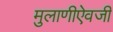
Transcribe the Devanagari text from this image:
मुलाणीऐवजी